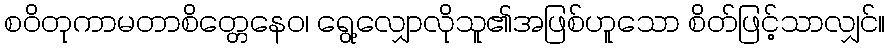
စဝိတုကာမတာစိတ္တေနေဝ၊ ရွေ့လျှောလိုသူ၏အဖြစ်ဟူသော စိတ်ဖြင့်သာလျှင်။